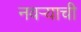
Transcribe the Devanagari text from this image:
नवऱ्याची